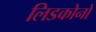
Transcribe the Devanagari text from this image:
लिडकोनो